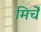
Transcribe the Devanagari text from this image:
मिर्चें